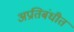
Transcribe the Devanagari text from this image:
अप्रतिबंधीत